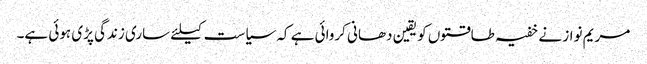
مریم نواز نے خفیہ طاقتوں کو یقین دھانی کروائی ہے کہ سیاست کیلئے ساری زندگی پڑی ہوئی ہے۔